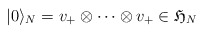
\begin{align*}|0\rangle_N=v_+\otimes\cdots\otimes v_+\in\mathfrak{H}_N\end{align*}